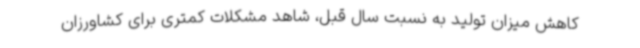
کاهش میزان تولید به نسبت سال قبل، شاهد مشکلات کمتری برای کشاورزان